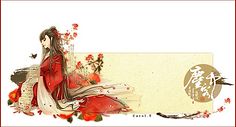
我亦飘零久！